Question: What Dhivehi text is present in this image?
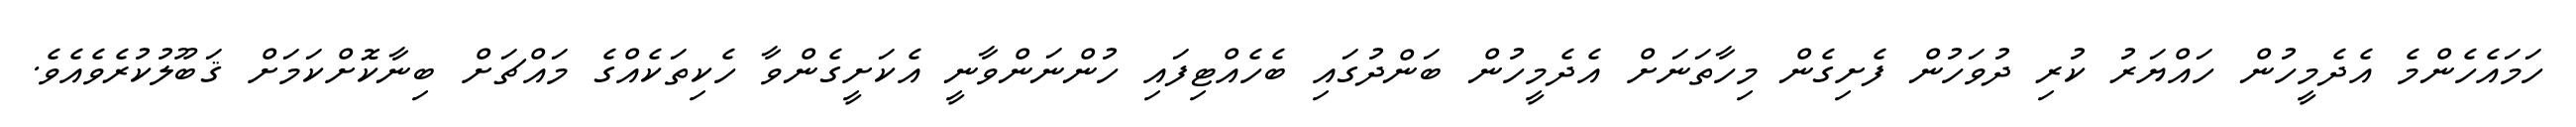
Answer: ހަމައެހެންމެ އެދެމީހުން ހައްޔަރު ކުރި ދުވަހުން ފެށިގެން މިހާތަނަށް އެދެމީހުން ބަންދުގައި ބެހެއްޓިފައި ހުންނަންވާނީ އެކަށީގެންވާ ހެކިތަކެއްގެ މައްޗަށް ބިނާކޮށްކަމަށް ޤަބޫލުކުރެވެއެވެ.